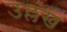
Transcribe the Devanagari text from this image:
उल्लख